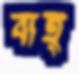
বাহ্